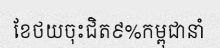
ខែថយចុះជិត៩%កម្ពុជានាំ